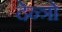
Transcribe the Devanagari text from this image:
देन्त्रो